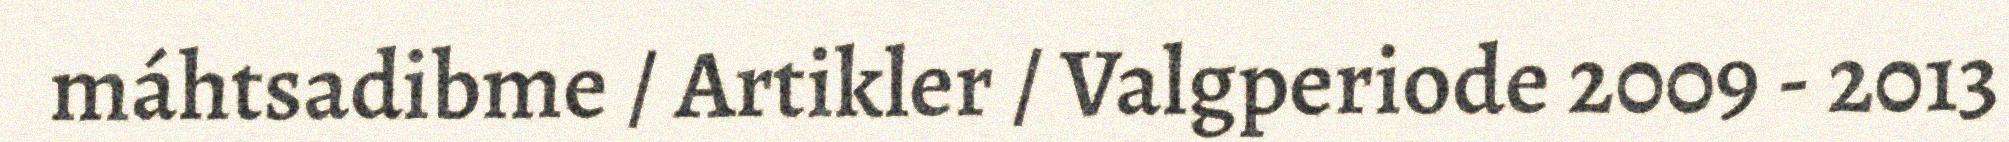
máhtsadibme / Artikler / Valgperiode 2009 - 2013